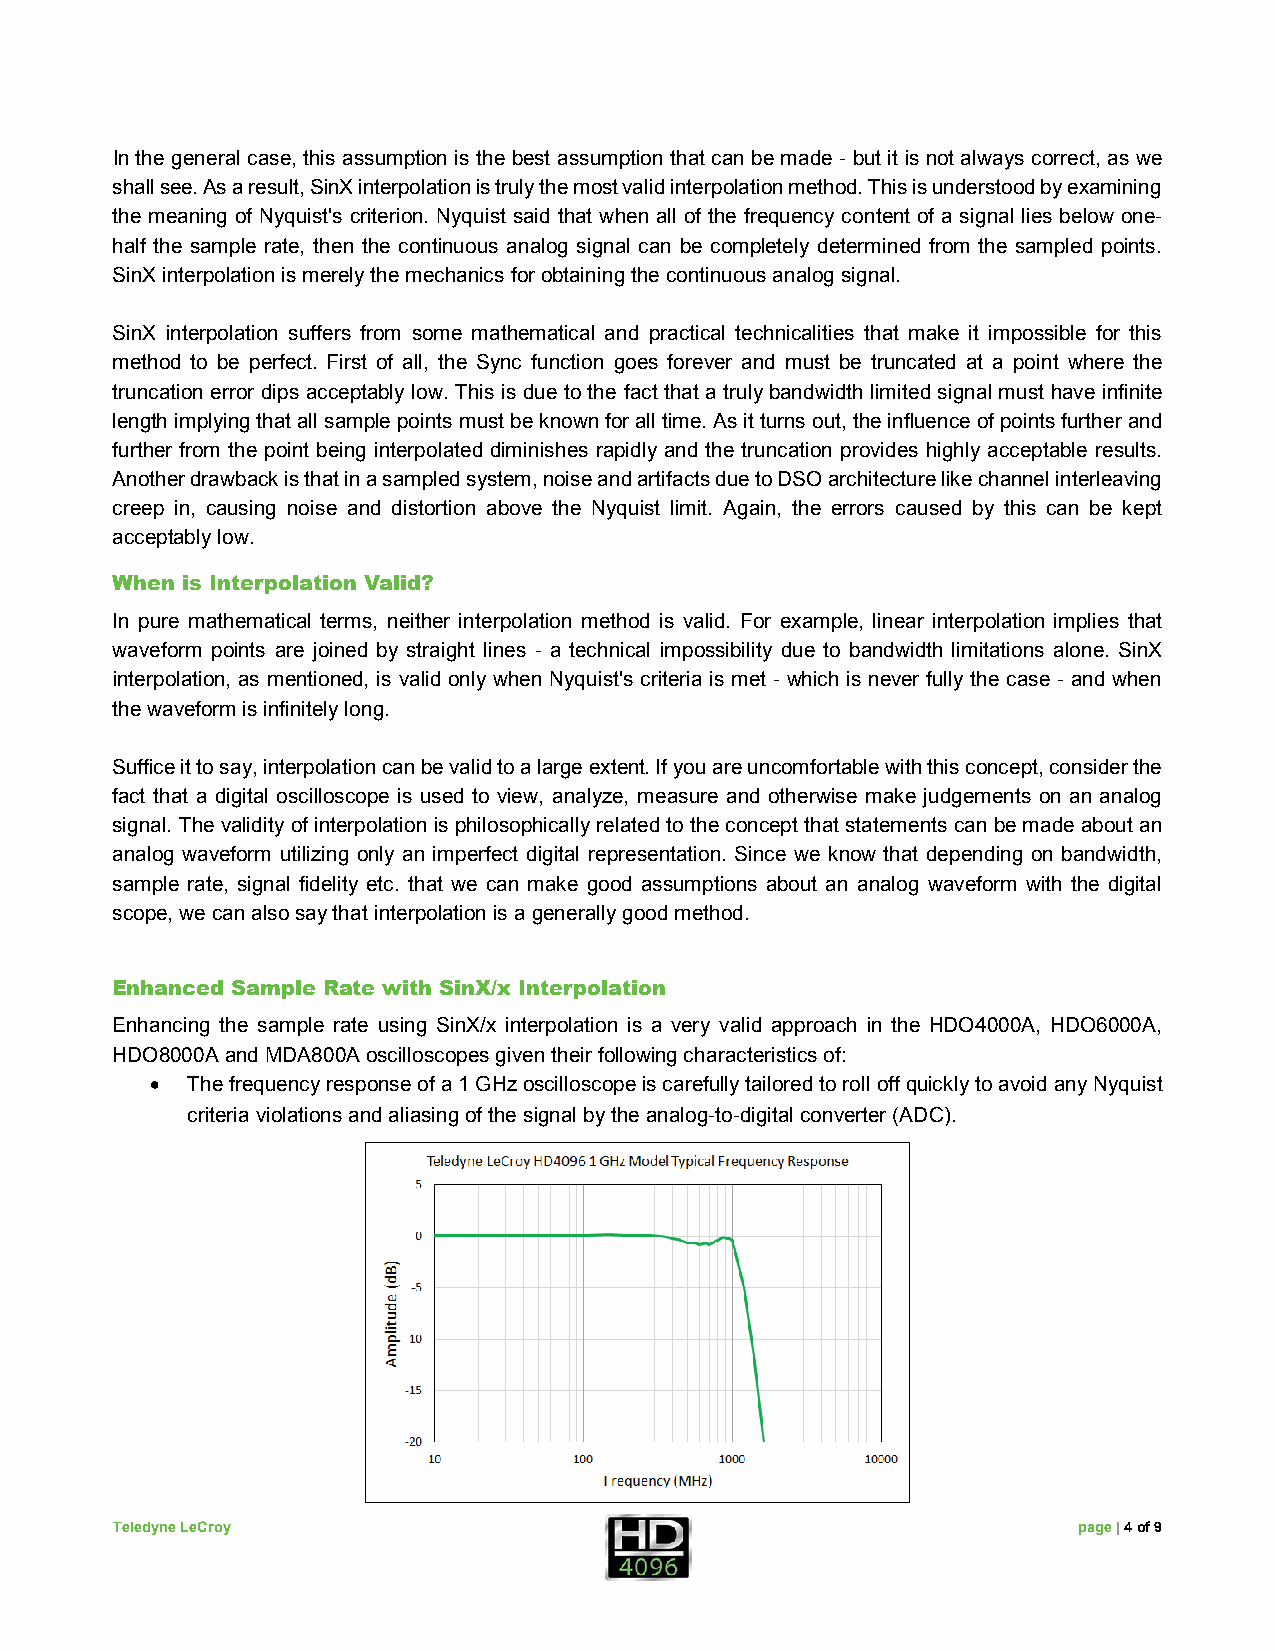
In the general case, this assumption is the best assumption that can be made - but it is not always correct, as we
 shall see. As a result, SinX interpolation is truly the most valid interpolation method. This is understood by examining
 the meaning of Nyquist's criterion. Nyquist said that when all of the frequency content of a signal lies below one-
 half the sample rate, then the continuous analog signal can be completely determined from the sampled points.
 SinX interpolation is merely the mechanics for obtaining the continuous analog signal.
 SinX interpolation suffers from some mathematical and practical technicalities that make it impossible for this
 method to be perfect. First of all, the Sync function goes forever and must be truncated at a point where the
 truncation error dips acceptably low. This is due to the fact that a truly bandwidth limited signal must have infinite
 length implying that all sample points must be known for all time. As it turns out, the influence of points further and
 further from the point being interpolated diminishes rapidly and the truncation provides highly acceptable results.
 Another drawback is that in a sampled system, noise and artifacts due to DSO architecture like channel interleaving
 creep in, causing noise and distortion above the Nyquist limit. Again, the errors caused by this can be kept
 acceptably low.
 When is Interpolation Valid?
 In pure mathematical terms, neither interpolation method is valid. For example, linear interpolation implies that
 waveform points are joined by straight lines - a technical impossibility due to bandwidth limitations alone. SinX
 interpolation, as mentioned, is valid only when Nyquist's criteria is met - which is never fully the case - and when
 the waveform is infinitely long.
 Suffice it to say, interpolation can be valid to a large extent. If you are uncomfortable with this concept, consider the
 fact that a digital oscilloscope is used to view, analyze, measure and otherwise make judgements on an analog
 signal. The validity of interpolation is philosophically related to the concept that statements can be made about an
 analog waveform utilizing only an imperfect digital representation. Since we know that depending on bandwidth,
 sample rate, signal fidelity etc. that we can make good assumptions about an analog waveform with the digital
 scope, we can also say that interpolation is a generally good method.
 Enhanced Sample Rate with SinX/x Interpolation
 Enhancing the sample rate using SinX/x interpolation is a very valid approach in the HDO4000A, HDO6000A,
 HDO8000A and MDA800A oscilloscopes given their following characteristics of:
 • The frequency response of a 1 GHz oscilloscope is carefully tailored to roll off quickly to avoid any Nyquist
 criteria violations and aliasing of the signal by the analog-to-digital converter (ADC).
 Teledyne LeCroy                                                 page | 4 of 9